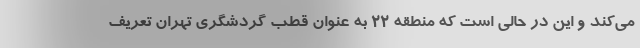
می‌کند و این در حالی است که منطقه ۲۲ به عنوان قطب گردشگری تهران تعریف